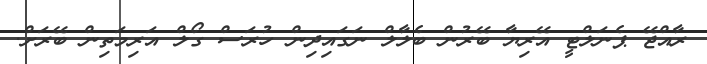
ރާއްޖޭ ޕެނަލްޓީ އޭރިޔާ ބޭރުން ބެލާލް ނަގައިދިން ހުރަސް ގޯލް އަރިމަތިން ބޭރަށް.